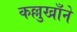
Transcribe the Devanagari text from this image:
कल्लुखाँने